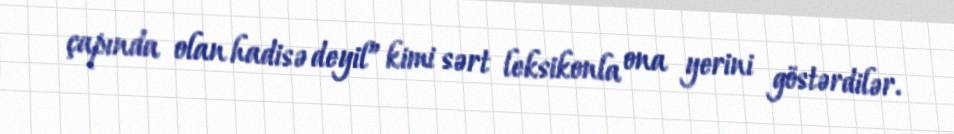
çapında olan hadisə deyil” kimi sərt leksikonla ona yerini göstərdilər.